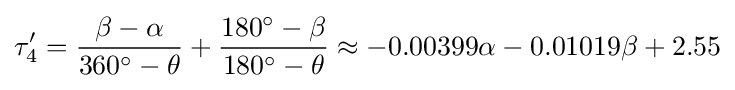
\tau _{4}'={\frac {\beta -\alpha }{360^{\circ }-\theta }}+{\frac {180^{\circ }-\beta }{180^{\circ }-\theta }}\approx -0.00399\alpha -0.01019\beta +2.55